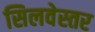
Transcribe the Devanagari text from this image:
सिलवेस्तर